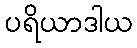
ပရိယာဒါယ